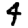
Digit: 4